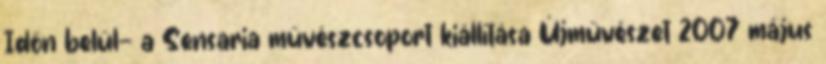
Időn belül— a Sensaria művészcsoport kiállítása Újművészet 2007 május